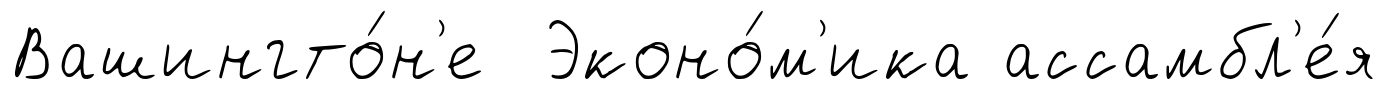
Вашингто́н'е Эконо́м'ика ассамбл'е́я